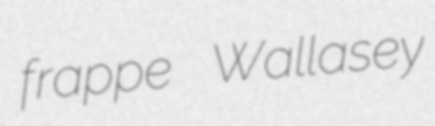
frappe Wallasey